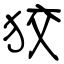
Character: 狡